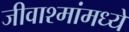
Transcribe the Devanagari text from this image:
जीवाश्मांमध्ये